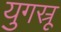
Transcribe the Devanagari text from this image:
युगस्रू